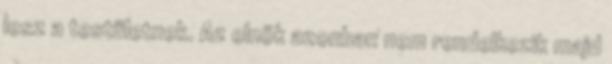
lesz a testületnek. Az elnök azonban nem rendelkezik majd